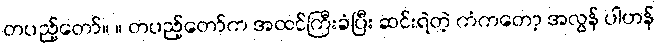
တပည့်တော်။ ။ တပည့်တော်က အထင်ကြီးခံပြီး ဆင်းရဲတဲ့ ကံကတော့ အလွန် ပါဟန်